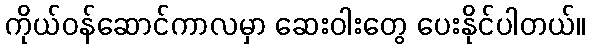
ကိုယ်ဝန်ဆောင်ကာလမှာ ဆေးဝါးတွေ ပေးနိုင်ပါတယ်။